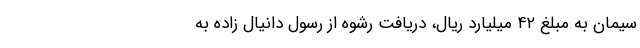
سیمان به مبلغ ۴۲ میلیارد ریال، دریافت رشوه از رسول دانیال زاده به